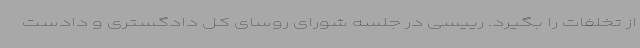
از تخلفات را بگیرد. رییسی در جلسه شورای روسای کل دادگستری و دادست